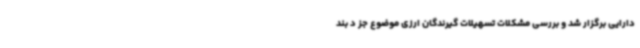
دارایی برگزار شد و بررسی مشکلات تسهیلات گیرندگان ارزی موضوع جز د بند